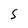
Character: S